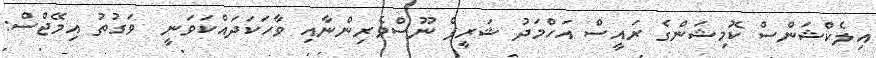
އިލެކްޝަންސް ކޮމިޝަންގެ ރައީސް އަހްމަދު ޝަރީފް ނޫސްވެރިންނާއި ވާހަކަދައްކަވަނީ  ވަގުތު އިމޭޖްސް: